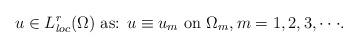
LaTeX: \begin{align*}u \in L^r_{loc}(\Omega) \hbox{ as: } u \equiv u_m \hbox{ on } \Omega_m, m=1,2,3,\cdot \cdot \cdot.\end{align*}